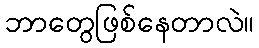
ဘာတွေဖြစ်နေတာလဲ။